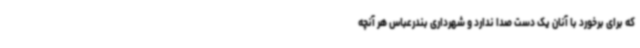
که برای برخورد با آنان یک دست صدا ندارد و شهرداری بندرعباس هر آنچه